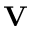
\mathbf { V }